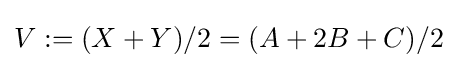
V:=(X+Y)/2=(A+2B+C)/2